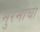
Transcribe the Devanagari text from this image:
मुरमीचा